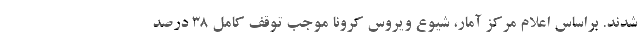
شدند. براساس اعلام مرکز آمار، شیوع ویروس کرونا موجب توقف کامل ۳۸ درصد